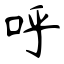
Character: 呼